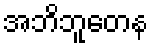
အဘိဘူတေန